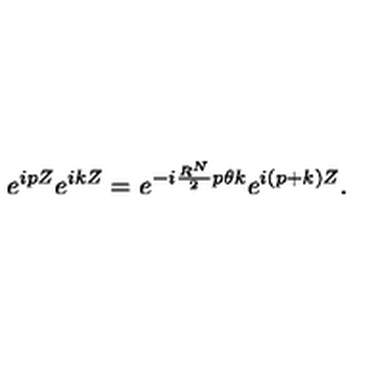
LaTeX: e ^ { i p Z } e ^ { i k Z } = e ^ { - i \frac { R ^ { N } } { 2 } p { \theta } k } e ^ { i ( p + k ) Z } .